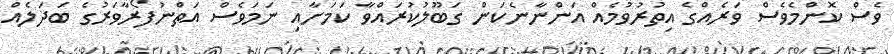
ވެސް ކޮންމެވެސް ވަރެއްގެ އިތުރުވުމެއް އަންނާނެކަން ގަބޫލުކުރައްވާ ކަމަށާއި ނަމަވެސް އަތްނުފޯރާވަރުގެ ބަދަލެއް